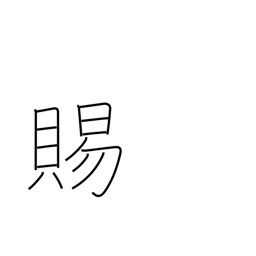
Meaning: boon